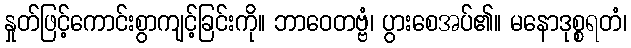
နှုတ်ဖြင့်ကောင်းစွာကျင့်ခြင်းကို။ ဘာဝေတဗ္ဗံ၊ ပွားစေအပ်၏။ မနောဒုစ္စရတံ၊